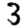
Digit: 3